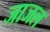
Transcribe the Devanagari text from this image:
जाजल